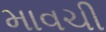
માવચી